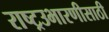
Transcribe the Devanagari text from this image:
राष्ट्रउभारणीसाठी